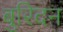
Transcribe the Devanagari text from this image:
बुरिदन